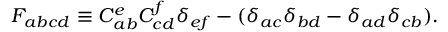
F _ { a b c d } \equiv C _ { a b } ^ { e } C _ { c d } ^ { f } \delta _ { e f } - ( \delta _ { a c } \delta _ { b d } - \delta _ { a d } \delta _ { c b } ) .